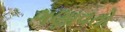
ગણાવતો